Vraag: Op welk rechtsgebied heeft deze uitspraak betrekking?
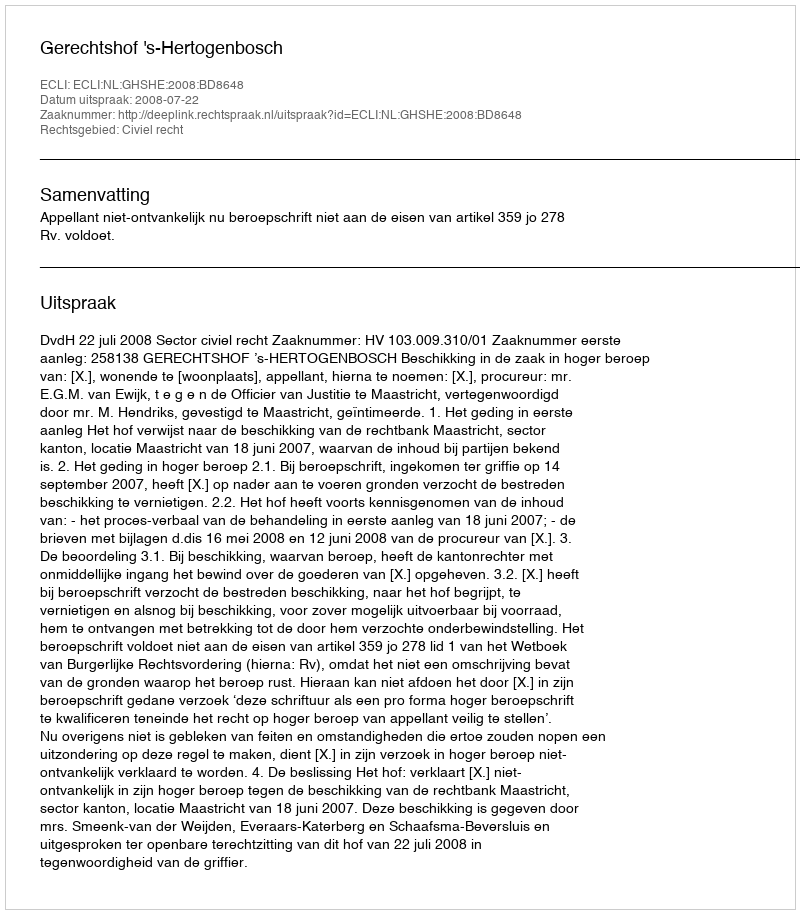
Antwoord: Civiel recht